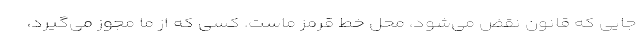
جایی که قانون نقض می‌شود، محل خط قرمز ماست. کسی که از ما مجوز می‌گیرد،